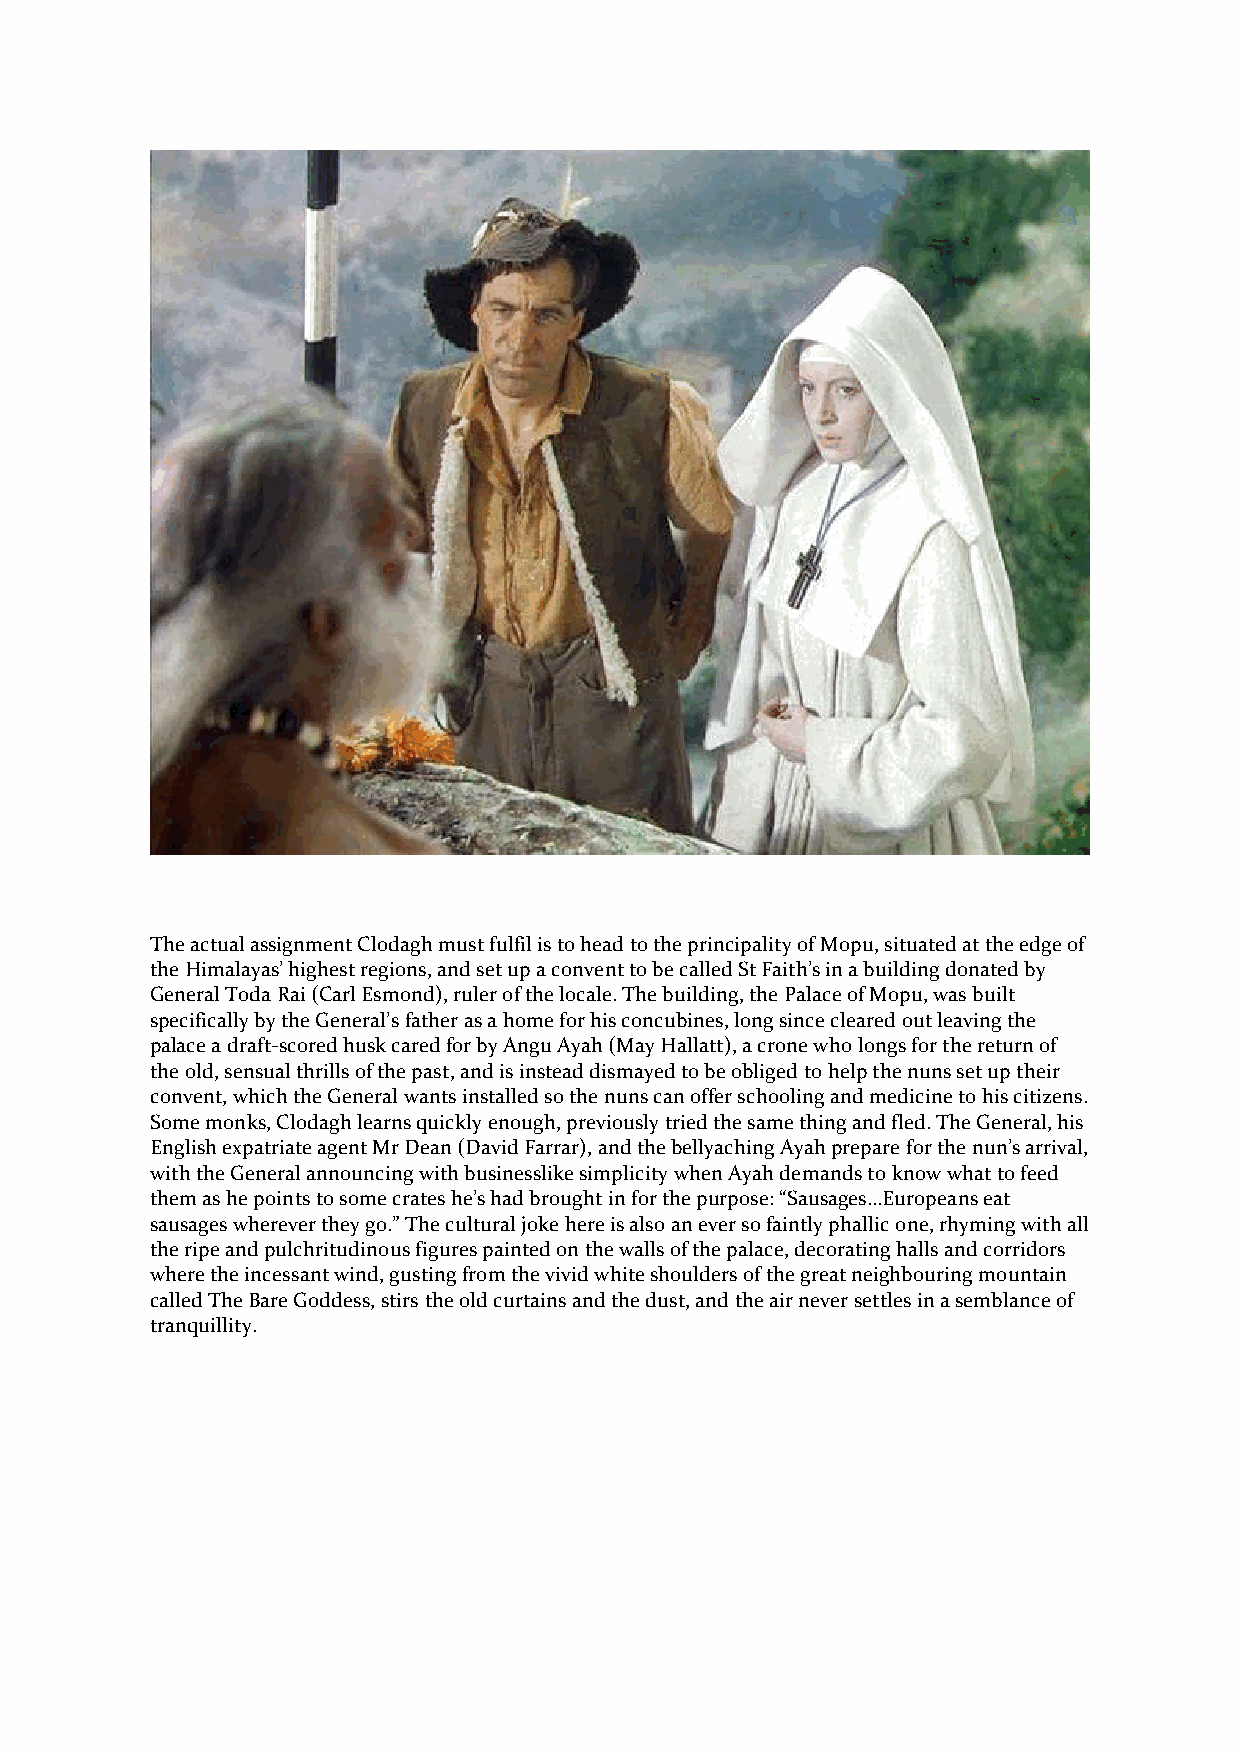
The actual assignment Clodagh must fulfil is to head to the principality of Mopu, situated at the edge of
 the Himalayas’ highest regions, and set up a convent to be called St Faith’s in a building donated by
 General Toda Rai (Carl Esmond), ruler of the locale. The building, the Palace of Mopu, was built
 specifically by the General’s father as a home for his concubines, long since cleared out leaving the
 palace a draft-scored husk cared for by Angu Ayah (May Hallatt), a crone who longs for the return of
 the old, sensual thrills of the past, and is instead dismayed to be obliged to help the nuns set up their
 convent, which the General wants installed so the nuns can offer schooling and medicine to his citizens.
 Some monks, Clodagh learns quickly enough, previously tried the same thing and fled. The General, his
 English expatriate agent Mr Dean (David Farrar), and the bellyaching Ayah prepare for the nun’s arrival,
 with the General announcing with businesslike simplicity when Ayah demands to know what to feed
 them as he points to some crates he’s had brought in for the purpose: “Sausages…Europeans eat
 sausages wherever they go.” The cultural joke here is also an ever so faintly phallic one, rhyming with all
 the ripe and pulchritudinous figures painted on the walls of the palace, decorating halls and corridors
 where the incessant wind, gusting from the vivid white shoulders of the great neighbouring mountain
 called The Bare Goddess, stirs the old curtains and the dust, and the air never settles in a semblance of
 tranquillity.